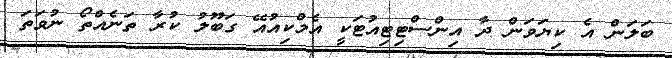
ބަލަން އެ ކިޔަވަން ދާ އިންސްޓިޓިއުޓަކީ އެމްކިއުއޭ ގަބޫލު ކުރާ ތަނެއްތޯ ނުވަތަ